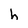
Character: h